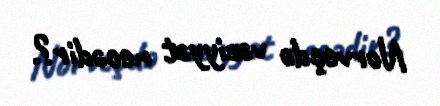
Norveçdə vəziyyət necədir?.